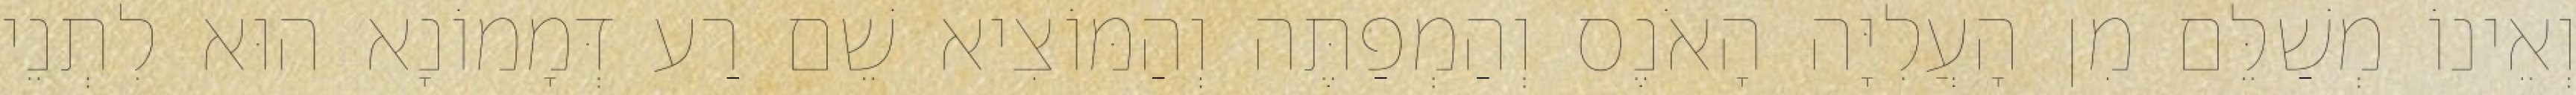
וְאֵינוֹ מְשַׁלֵּם מִן הָעֲלִיָּה הָאֹנֶס וְהַמְפַתֶּה וְהַמּוֹצִיא שֵׁם רַע דְּמָמוֹנָא הוּא לִתְנֵי